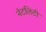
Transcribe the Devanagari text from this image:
नॅटलिटी